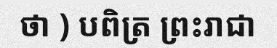
ថា ) បពិត្រ ព្រះរាជា